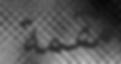
مقمة